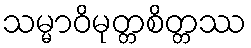
သမ္မာဝိမုတ္တစိတ္တဿ